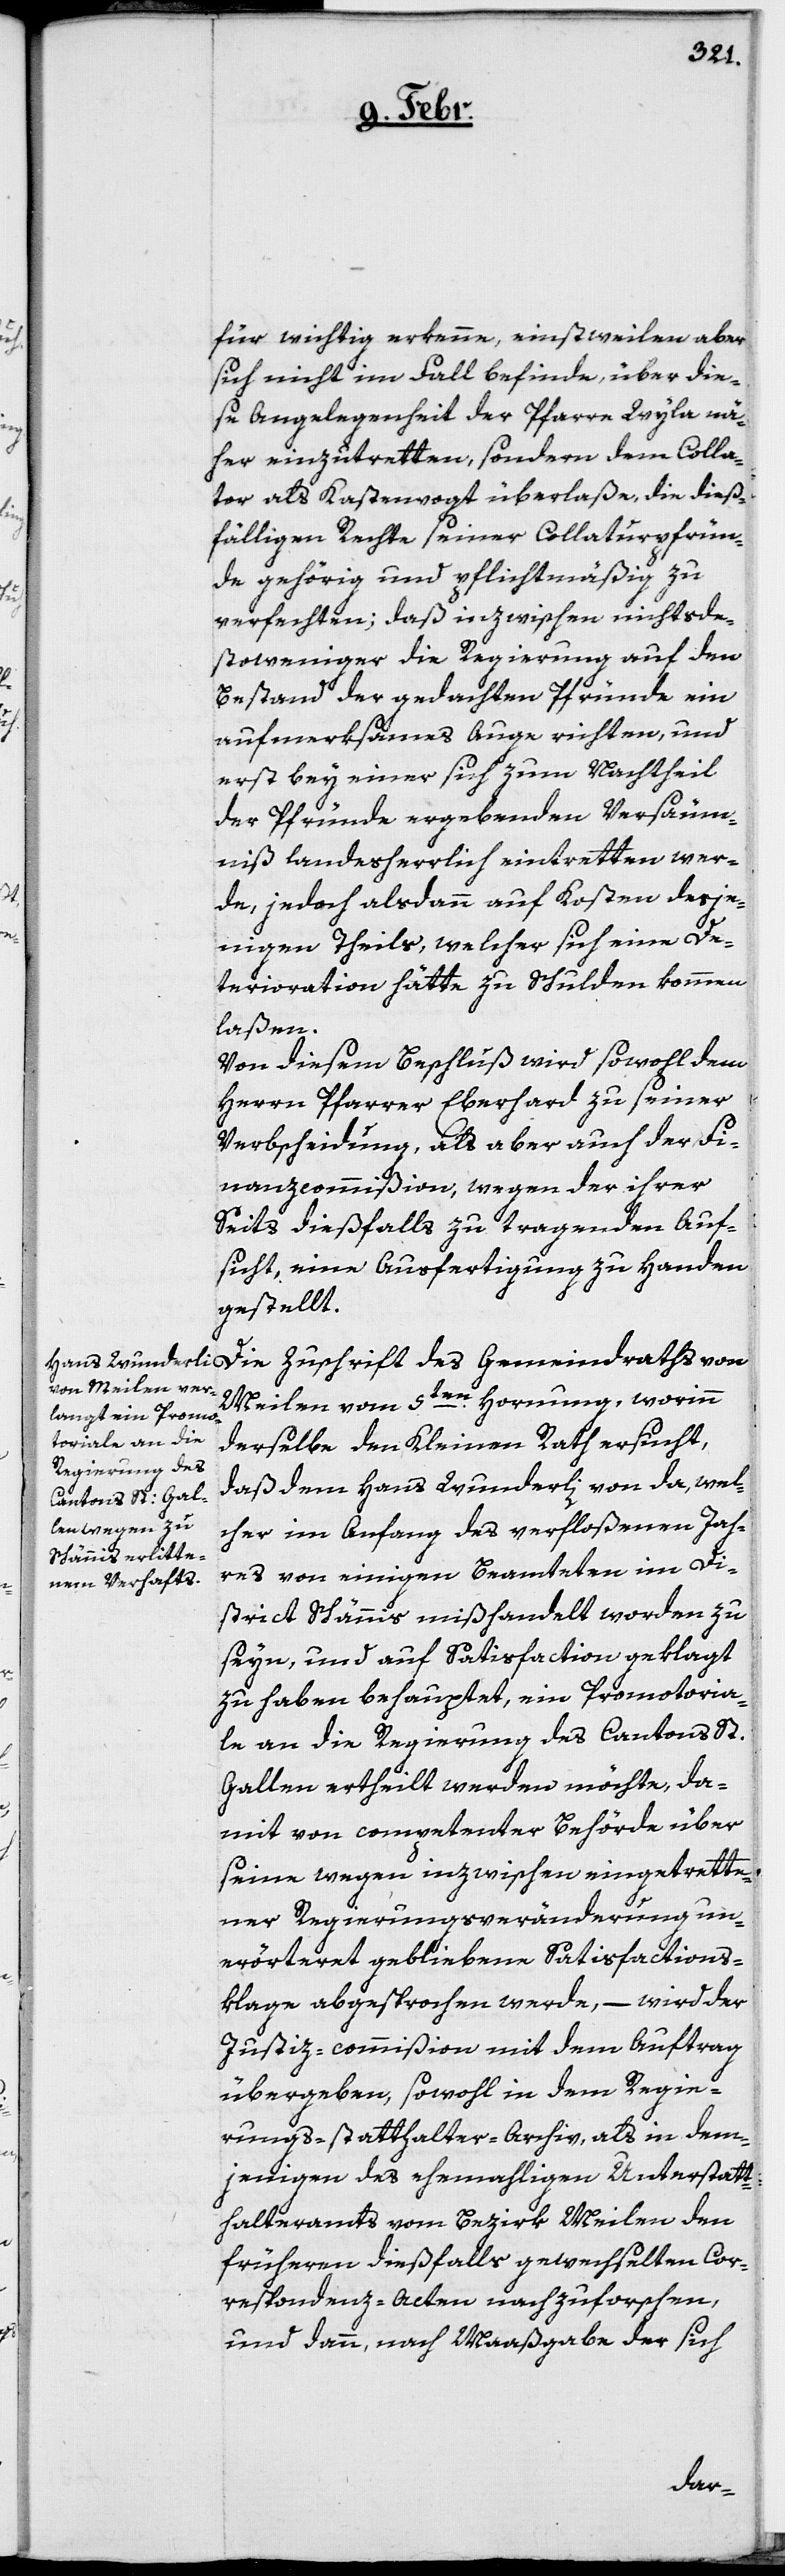
für wichtig erkenne, einstweilen aber
sich nicht im Fall befinde, über die¬
se Angelegenheit der Pfarre Wyla nä¬
her einzutretten, sondern dem Colla¬
tor als Kastenvogt überlaße, die dieß¬
fälligen Rechte seiner Collaturpfrün¬
de gehörig und pflichtmäßig zu
verfechten; daß inzwischen nichtsde¬
stoweniger die Regierung auf den
Bestand der gedachten Pfründe ein
aufmerksames Auge richten, und
erst bey einer sich zum Nachtheil
der Pfründe ergebenden Versäum¬
niß landesherrlich eintretten wer¬
de, jedoch alsdann auf Kosten desje¬
nigen Theils, welcher sich eine De¬
terioration hätte zu Schulden kommen
laßen.
Von diesem Beschluß wird sowohl dem
Herrn Pfarrer Eberhard zu seiner
Verbscheidung, als aber auch der Fi¬
nanzcommißion, wegen der ihrer
Seits dießfalls zu tragenden Auf¬
sicht, eine Ausfertigung zu Handen
gestellt.
Die Zuschrift des Gemeindraths von
Meilen vom 5ten. Hornung, worinn
derselbe den Kleinen Rath ersucht,
daß dem Hans Wunderli, von da, wel¬
cher im Anfang des verfloßenen Jah¬
res von einigen Beamteten im Di¬
strict Schännis mißhandelt worden zu
seyn, und auf Satisfaction geklagt
zu haben behauptet, ein Promotoria¬
le an die Regierung des Cantons St.
Gallen ertheilt werden möchte, da¬
mit von competenter Behörde über
seine wegen inzwischen eingetrette¬
ner Regierungsveränderung un¬
erörteret gebliebene Satisfactions¬
klage abgesprochen werde, – wird der
Justiz-commißion mit dem Auftrag
übergeben, sowohl in dem Regie¬
rungs-statthalter-Archiv als in dem¬
jenigen des ehemaligen Unterstatt¬
halteramts vom Bezirk Meilen den
früheren dießfalls gewechselten Cor¬
respondez-Acten nachzuforschen,
und dann, nach Maaßgabe der sich